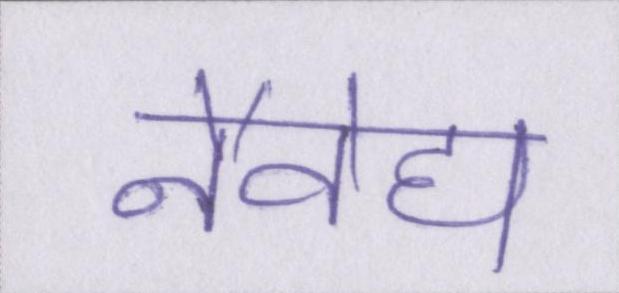
नैवेद्य